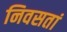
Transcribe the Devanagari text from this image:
निवसतां